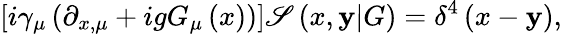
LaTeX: \left[i\gamma_{\mu}\left(\partial_{x,\mu}+igG_{\mu}\left(x\right)\right)\right]\mathscr{S}\left(x,\mathbf{y}|G\right)=\delta^{4}\left(x-\mathbf{y}\right),